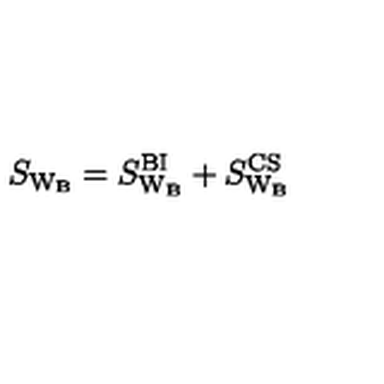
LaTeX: S _ { \mathrm { W _ { B } } } = S _ { \mathrm { W _ { B } } } ^ { \mathrm { B I } } + S _ { \mathrm { W _ { B } } } ^ { \mathrm { C S } }